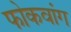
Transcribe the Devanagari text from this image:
फोकवांग